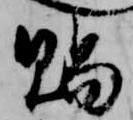
賜